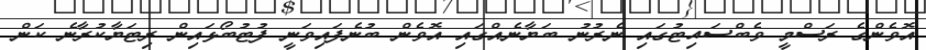
އޮވެންގެ ރަސްމީ ވެބްސައިޓުގައި ނެރުނު ބަޔާނެއްގައި އޮވެން ބުނެފައިވަނީ ފުޓުބޯޅައިން ރިޓަޔާކުރާނެ ކަން